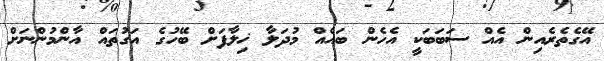
އޭގެތެރެއިން އެއް ސަބަބަކީ އެހެން ބައެއް މުދަލާ ޚިލާފަށް ބޭހުގެ އަގުތައް އާންމުންނަށް